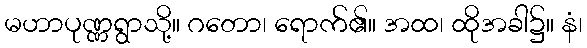
မဟာပုဏ္ဏရွာသို့။ ဂတော၊ ရောက်၏။ အထ၊ ထိုအခါ၌။ နံ၊